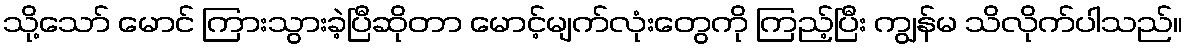
သို့သော် မောင် ကြားသွားခဲ့ပြီဆိုတာ မောင့်မျက်လုံးတွေကို ကြည့်ပြီး ကျွန်မ သိလိုက်ပါသည်။